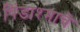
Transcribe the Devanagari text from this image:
पिंडाश्माचे